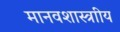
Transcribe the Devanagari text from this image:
मानवशास्त्राीय